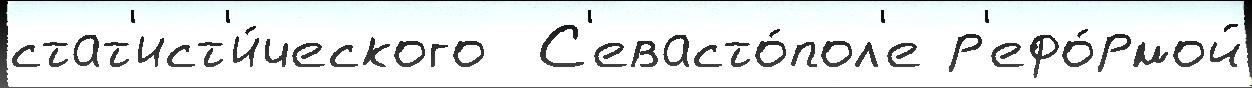
стат'ист'и́ческого  С'евасто́пол'е р'ефо́рмой